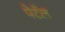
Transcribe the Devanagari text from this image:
पेटॅल